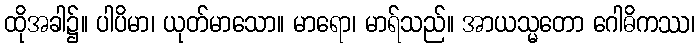
ထိုအခါ၌။ ပါပိမာ၊ ယုတ်မာသော။ မာရော၊ မာရ်သည်။ အာယသ္မတော ဂေါဓိကဿ၊